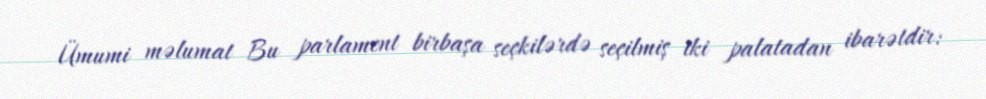
Ümumi məlumat Bu parlament birbaşa seçkilərdə seçilmiş iki palatadan ibarətdir: